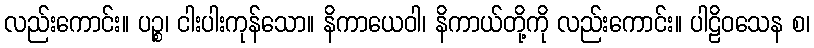
လည်းကောင်း။ ပဉ္စ၊ ငါးပါးကုန်သော။ နိကာယေဝါ၊ နိကာယ်တို့ကို လည်းကောင်း။ ပါဠိဝသေန စ၊